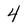
Character: 4